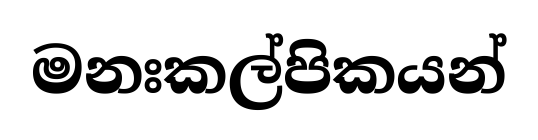
මනඃකල්පිකයන්